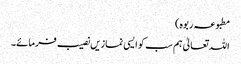
مطبوعہ ربوہ)
اللہ تعالیٰ ہم سب کو ایسی نمازیں نصیب فرمائے۔